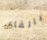
بالقاء